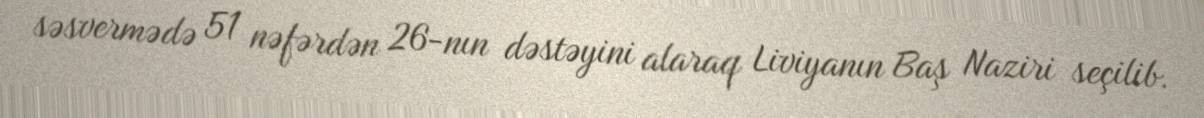
səsvermədə 51 nəfərdən 26-nın dəstəyini alaraq Liviyanın Baş Naziri seçilib.